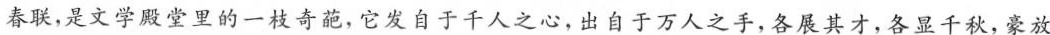
春联，是文学殿堂里的一枝奇葩，它发自于千人之心，出自于万人之手，各展其才，各显千秋，豪放